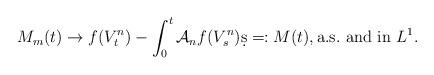
LaTeX: \begin{align*}M_m(t) \to f(V_t^n) - \int_0^t \mathcal{A}_n f(V_s^n) \d s =: M(t), \textrm{a.s.~and in } L^1.\end{align*}